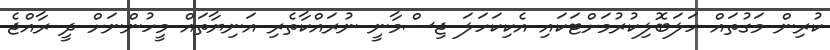
ކުރިން މަގުތައް ހަލަބޮލިކުރުމަށްޓަކައި އެކިކަހަލަ ޖިސްމާނީ ނުރައްކާތެރި އަނިޔާތައް މީހުންނަށް ދީ ރާއްޖެ